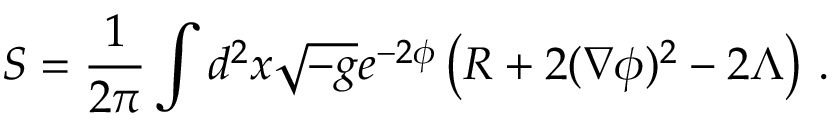
S = \frac { 1 } { 2 \pi } \int d ^ { 2 } x \sqrt { - g } e ^ { - 2 \phi } \left( R + 2 ( \nabla \phi ) ^ { 2 } - 2 \Lambda \right) \, .